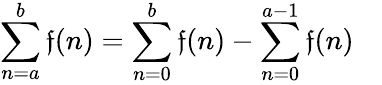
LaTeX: \sum_{n=a}^{b}\mathfrak{f}(n)=\sum_{n=0}^{b}\mathfrak{f}(n)-\sum_{n=0}^{a-1}\mathfrak{f}(n)\quad